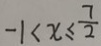
- 1 < x \leq \frac { 7 } { 2 }